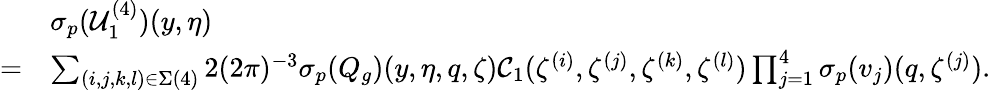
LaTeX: \begin{array}{rl}&{{{\sigma_{p}}}(\mathcal{U}_{1}^{(4)})(y,\eta)}\\ {=}&{\sum_{(i,j,k,l)\in\Sigma(4)}2(2\pi)^{-3}{{\sigma_{p}}}(Q_{g})(y,\eta,q,\zeta)\mathcal{C}_{1}(\zeta^{(i)},\zeta^{(j)},\zeta^{(k)},\zeta^{(l)})\prod_{j=1}^{4}{{\sigma_{p}}}(v_{j})(q,\zeta^{(j)}).}\end{array}